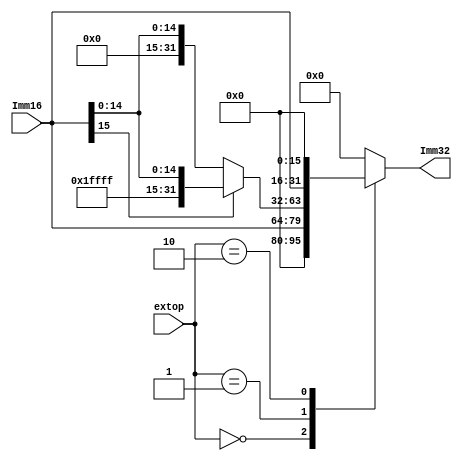
/*
    EXT1632
    2'b00:16to32
    2'b01:16to32
    2'b10:16
*/
`timescale 1ns / 1ns
module EXT
        (
            input [15:0] Imm16,         //
            input [1:0] extop,          //00:001:10:
            output reg [31:0] Imm32     //
        );
        
    always@(*)
    begin
        case(extop)
            2'b00:
                begin
                    Imm32 = {16'b0,Imm16};
                end
            2'b01:
                begin
                    if(Imm16[15]==1)
						Imm32 = {16'b1111_1111_1111_1111,Imm16[15:0]};
					else 
                        Imm32 = {16'b0000_0000_0000_0000,Imm16[15:0]};
                end
            2'b10:
                begin
                    Imm32 = {Imm16[15:0],16'b0000_0000_0000_0000};
                end
            default:
                begin
                    Imm32 = 32'b0;
                end
        endcase
    end
endmodule